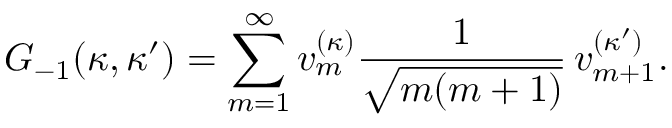
G _ { - 1 } ( \kappa , \kappa ^ { \prime } ) = \sum _ { m = 1 } ^ { \infty } v _ { m } ^ { ( \kappa ) } \frac { 1 } { \sqrt { m ( m + 1 ) } } \, v _ { m + 1 } ^ { ( \kappa ^ { \prime } ) } .